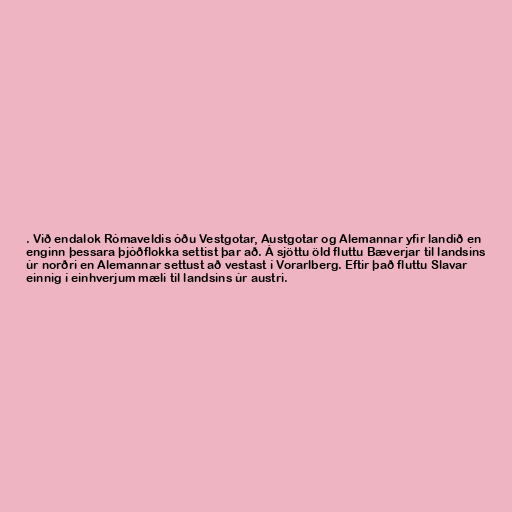
. Við endalok Rómaveldis óðu Vestgotar, Austgotar og Alemannar yfir landið en
enginn þessara þjóðflokka settist þar að. Á sjöttu öld fluttu Bæverjar til landsins
úr norðri en Alemannar settust að vestast í Vorarlberg. Eftir það fluttu Slavar
einnig í einhverjum mæli til landsins úr austri.